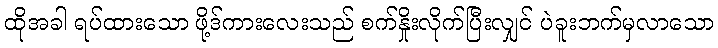
ထိုအခါ ရပ်ထားသော ဖို့ဒ်ကားလေးသည် စက်နှိုးလိုက်ပြီးလျှင် ပဲခူးဘက်မှလာသော